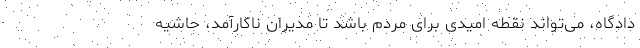
دادگاه، می‌تواند نقطه امیدی برای مردم باشد تا مدیران ناکارآمد، حاشیه